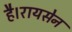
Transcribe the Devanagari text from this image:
है।रायसेन